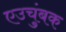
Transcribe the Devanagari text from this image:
एउचुंबक